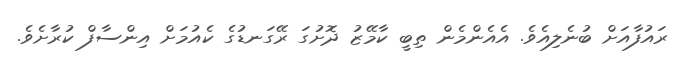
ރައުފާއަށް ބުނެލިއެވެ. އެއެންމެން ތިބީ ކާމޭޒު ދޮށުގަ ރޭގަނޑުގެ ކެއުމަށް އިންސާފް ކުރާށެވެ.